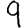
Digit: 9